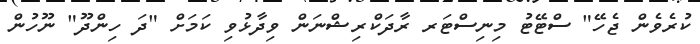
ކުރެވެން ޖެހޭ" ސްޓޭޓު މިނިސްޓަރ ރާދަކްރިޝްނަން ވިދާޅުވި ކަމަށް "ދަ ހިންދޫ" ނޫހުން